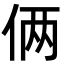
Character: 俩